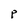
Character: P